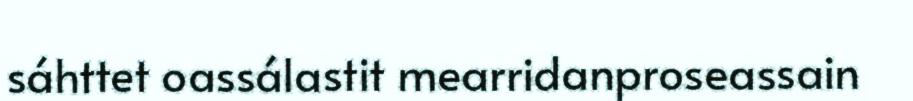
sáhttet oassálastit mearridanproseassain